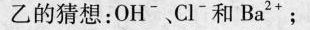
乙的猜想：OH^{-}、Cl^{-}和Ba^{2+}；